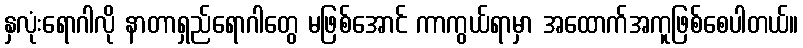
နှလုံးရောဂါလို နာတာရှည်ရောဂါတွေ မဖြစ်အောင် ကာကွယ်ရာမှာ အထောက်အကူဖြစ်စေပါတယ်။